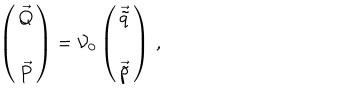
\left( \begin{array} { c } { { \vec { Q } } } \\ { { \vec { P } } } \\ \end{array} \right) = { \cal V } _ { 0 } \left( \begin{array} { c } { { \vec { \tilde { q } } } } \\ { { \vec { \tilde { p } } } } \\ \end{array} \right) \, ,